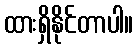
ထားရှိနိုင်တာပါ။